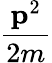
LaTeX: \frac{\mathbf{p}^{2}}{2m}